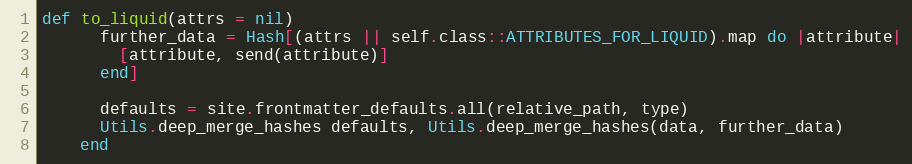
Language: Ruby
def to_liquid(attrs = nil)
      further_data = Hash[(attrs || self.class::ATTRIBUTES_FOR_LIQUID).map do |attribute|
        [attribute, send(attribute)]
      end]

      defaults = site.frontmatter_defaults.all(relative_path, type)
      Utils.deep_merge_hashes defaults, Utils.deep_merge_hashes(data, further_data)
    end